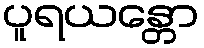
ပူရယန္တော